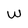
Character: W